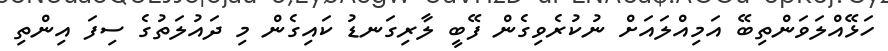
ހަޅޭއްލަވަންތިބޭ އަމިއްލައަށް ނުކުރެވިގެން ފޭބީ ލާރިގަނޑު ކައިގެން މި ދައުލަތުގެ ސިފަ އިންތި